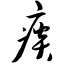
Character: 痰